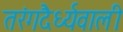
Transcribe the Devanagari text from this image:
तरंगदैर्ध्यवाली